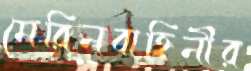
মেরিনবাহিনীর